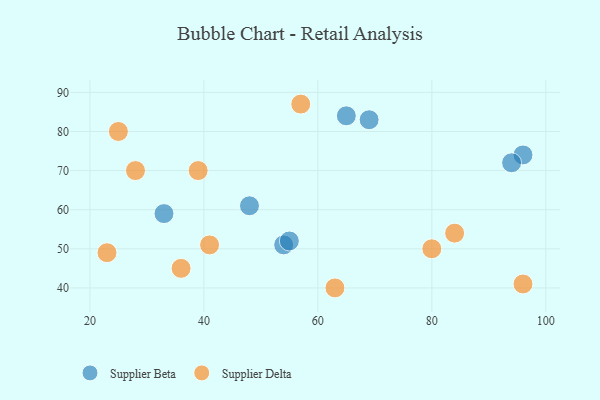
{"axis": {"x": "GDP", "y": "Life Expectancy"}, "legend": ["Supplier Beta", "Supplier Delta"], "data": [{"x": "65", "y": 84, "type": "Supplier Beta"}, {"x": "96", "y": 74, "type": "Supplier Beta"}, {"x": "94", "y": 72, "type": "Supplier Beta"}, {"x": "69", "y": 83, "type": "Supplier Beta"}, {"x": "54", "y": 51, "type": "Supplier Beta"}, {"x": "48", "y": 61, "type": "Supplier Beta"}, {"x": "33", "y": 59, "type": "Supplier Beta"}, {"x": "55", "y": 52, "type": "Supplier Beta"}, {"x": "36", "y": 45, "type": "Supplier Delta"}, {"x": "41", "y": 51, "type": "Supplier Delta"}, {"x": "28", "y": 70, "type": "Supplier Delta"}, {"x": "25", "y": 80, "type": "Supplier Delta"}, {"x": "96", "y": 41, "type": "Supplier Delta"}, {"x": "80", "y": 50, "type": "Supplier Delta"}, {"x": "84", "y": 54, "type": "Supplier Delta"}, {"x": "39", "y": 70, "type": "Supplier Delta"}, {"x": "57", "y": 87, "type": "Supplier Delta"}, {"x": "63", "y": 40, "type": "Supplier Delta"}, {"x": "23", "y": 49, "type": "Supplier Delta"}]}